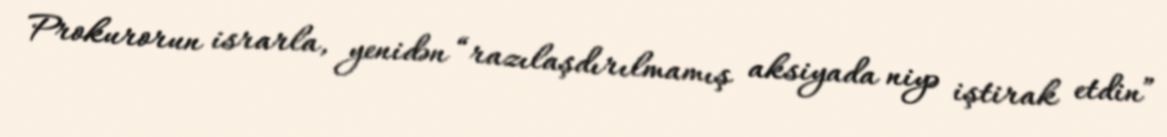
Prokurorun israrla, yenidən “razılaşdırılmamış aksiyada niyə iştirak etdin”